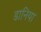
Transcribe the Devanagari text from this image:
डानिया